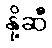
နို့ဆီ